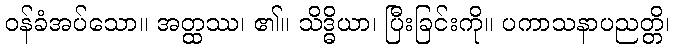
ဝန်ခံအပ်သော။ အတ္ထဿ၊ ၏။ သိဒ္ဓိယာ၊ ပြီးခြင်းကို။ ပကာသနာပညတ္တိ၊